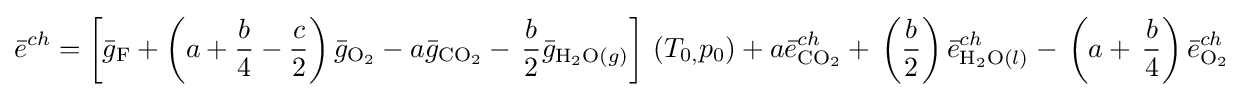
{\bar {e}}^{ch}=\left[{\bar {g}}_{\mathrm {F} }+\left(a+{\frac {b}{4}}-{\frac {c}{2}}\right){\bar {g}}_{\mathrm {O_{2}} }-a{\bar {g}}_{\mathrm {CO_{2}} }-\,{\frac {b}{2}}{\bar {g}}_{\mathrm {H_{2}O} (g)}\right]\,\left(T_{0,}p_{0}\right)+a{\bar {e}}_{\mathrm {CO_{2}} }^{ch}+\,\left({\frac {b}{2}}\right){\bar {e}}_{\mathrm {H_{2}O} (l)}^{ch}-\,\left(a+\,{\frac {b}{4}}\right){\bar {e}}_{\mathrm {O_{2}} }^{ch}